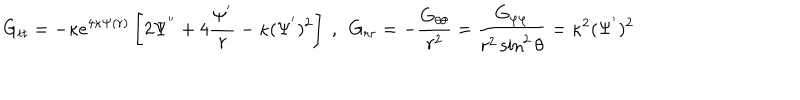
G _ { t t } = - \kappa e ^ { 4 \kappa \Psi ( r ) } \left[ 2 \Psi ^ { ' ^ { \prime } } + 4 \frac { \Psi ^ { ' } } { r } - \kappa ( \Psi ^ { ' } ) ^ { 2 } \right] \ , \ \ G _ { r r } = - \frac { G _ { \theta \theta } } { r ^ { 2 } } = \frac { G _ { \varphi \varphi } } { r ^ { 2 } \sin ^ { 2 } \theta } = \kappa ^ { 2 } ( \Psi ^ { ' } ) ^ { 2 }